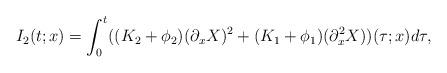
LaTeX: \begin{align*}I_2(t;x)=\int_{0}^{t}((K_2+\phi_2)(\partial_xX)^2+(K_1+\phi_1)(\partial^2_xX))(\tau;x)d\tau,\end{align*}